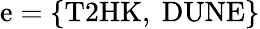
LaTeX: \mathrm{e}=\{ \mathrm{{T2HK}},~\mathrm{{DUNE}}\}